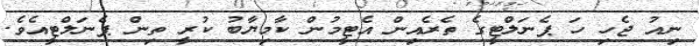
ނިއު ޖެހި ހަ ޕެނަލްޓީގެ ތެރެއިން އެޓީމުން ކާމިޔާބު ކުރީ ތިން ޕެނަލްޓީއެވެ.